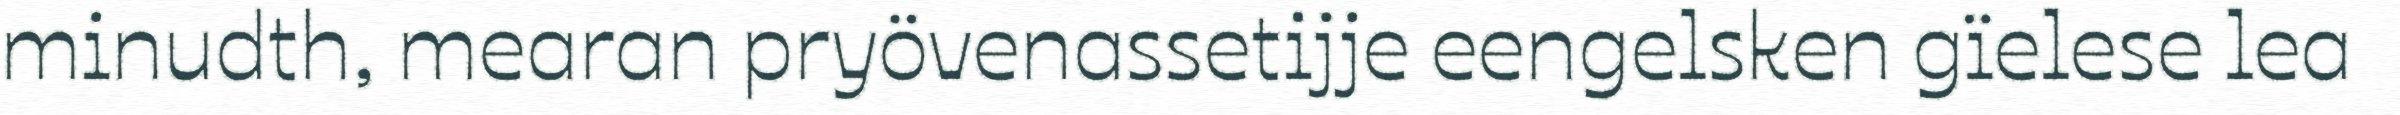
minudth, mearan pryövenassetijje eengelsken gïelese lea